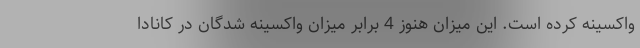
واکسینه کرده است. این میزان هنوز 4 برابر میزان واکسینه شدگان در کانادا